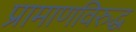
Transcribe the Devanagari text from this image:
प्रामाणविरुद्ध